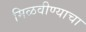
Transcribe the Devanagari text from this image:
मिळवीण्याचा